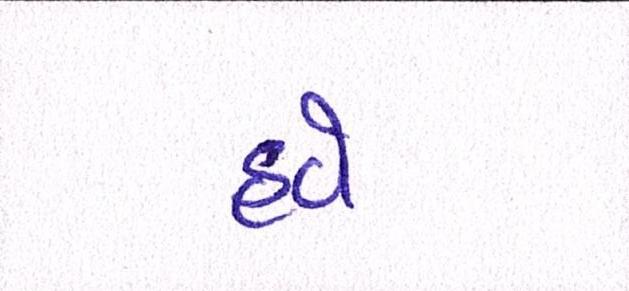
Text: હવે